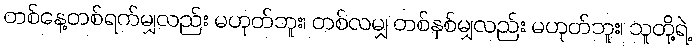
တစ်နေ့တစ်ရက်မျှလည်း မဟုတ်ဘူး၊ တစ်လမျှ တစ်နှစ်မျှလည်း မဟုတ်ဘူး၊ သူတို့ရဲ့